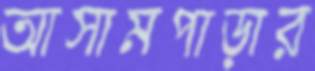
আসামপাড়ার